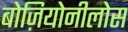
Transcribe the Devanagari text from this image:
बोज़ियोनीलोस